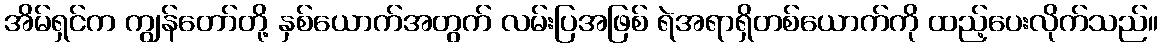
အိမ်ရှင်က ကျွန်တော်တို့ နှစ်ယောက်အတွက် လမ်းပြအဖြစ် ရဲအရာရှိတစ်ယောက်ကို ထည့်ပေးလိုက်သည်။